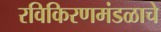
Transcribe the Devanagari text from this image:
रविकिरणमंडळाचे